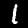
Digit: 1